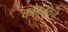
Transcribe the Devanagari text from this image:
कांदळवने